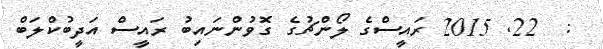
:  22